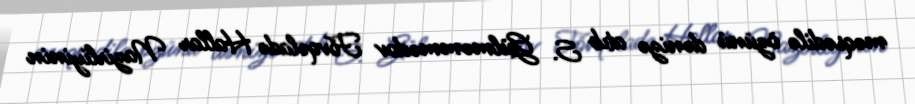
məqsədilə özünü dənizə atıb S. Gülməmmədov Fövqəladə Hallar Nazirliyinin